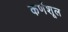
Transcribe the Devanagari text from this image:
कर्णशूल